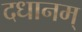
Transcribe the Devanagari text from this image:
दधानम्‌